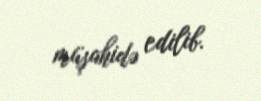
müşahidə edilib.